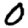
Digit: 0